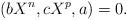
LaTeX: \begin{align*}(bX^n , cX^p , a) = 0.\end{align*}